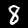
Label: 8